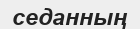
седанның